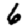
Digit: 6